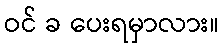
ဝင် ခ ပေးရမှာလား။